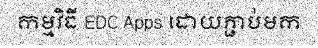
កម្មវិធី EDC Apps ដោយភ្ជាប់មក